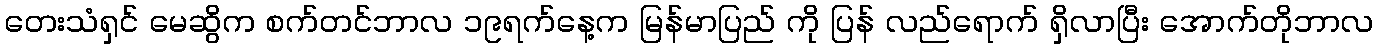
တေးသံရှင် မေဆွိက စက်တင်ဘာလ ၁၉ရက်နေ့က မြန်မာပြည် ကို ပြန် လည်ရောက် ရှိလာပြီး အောက်တိုဘာလ